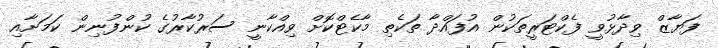
ފަޔާޒް ވިދާޅުވީ ފެކްޓަރީތަކުން އުފައްދާ ތަކެތި މާކެޓްކޮށް ވިއްކާނީ ސަރުކާރުގެ ކުންފުނިން ކަމަށާއި